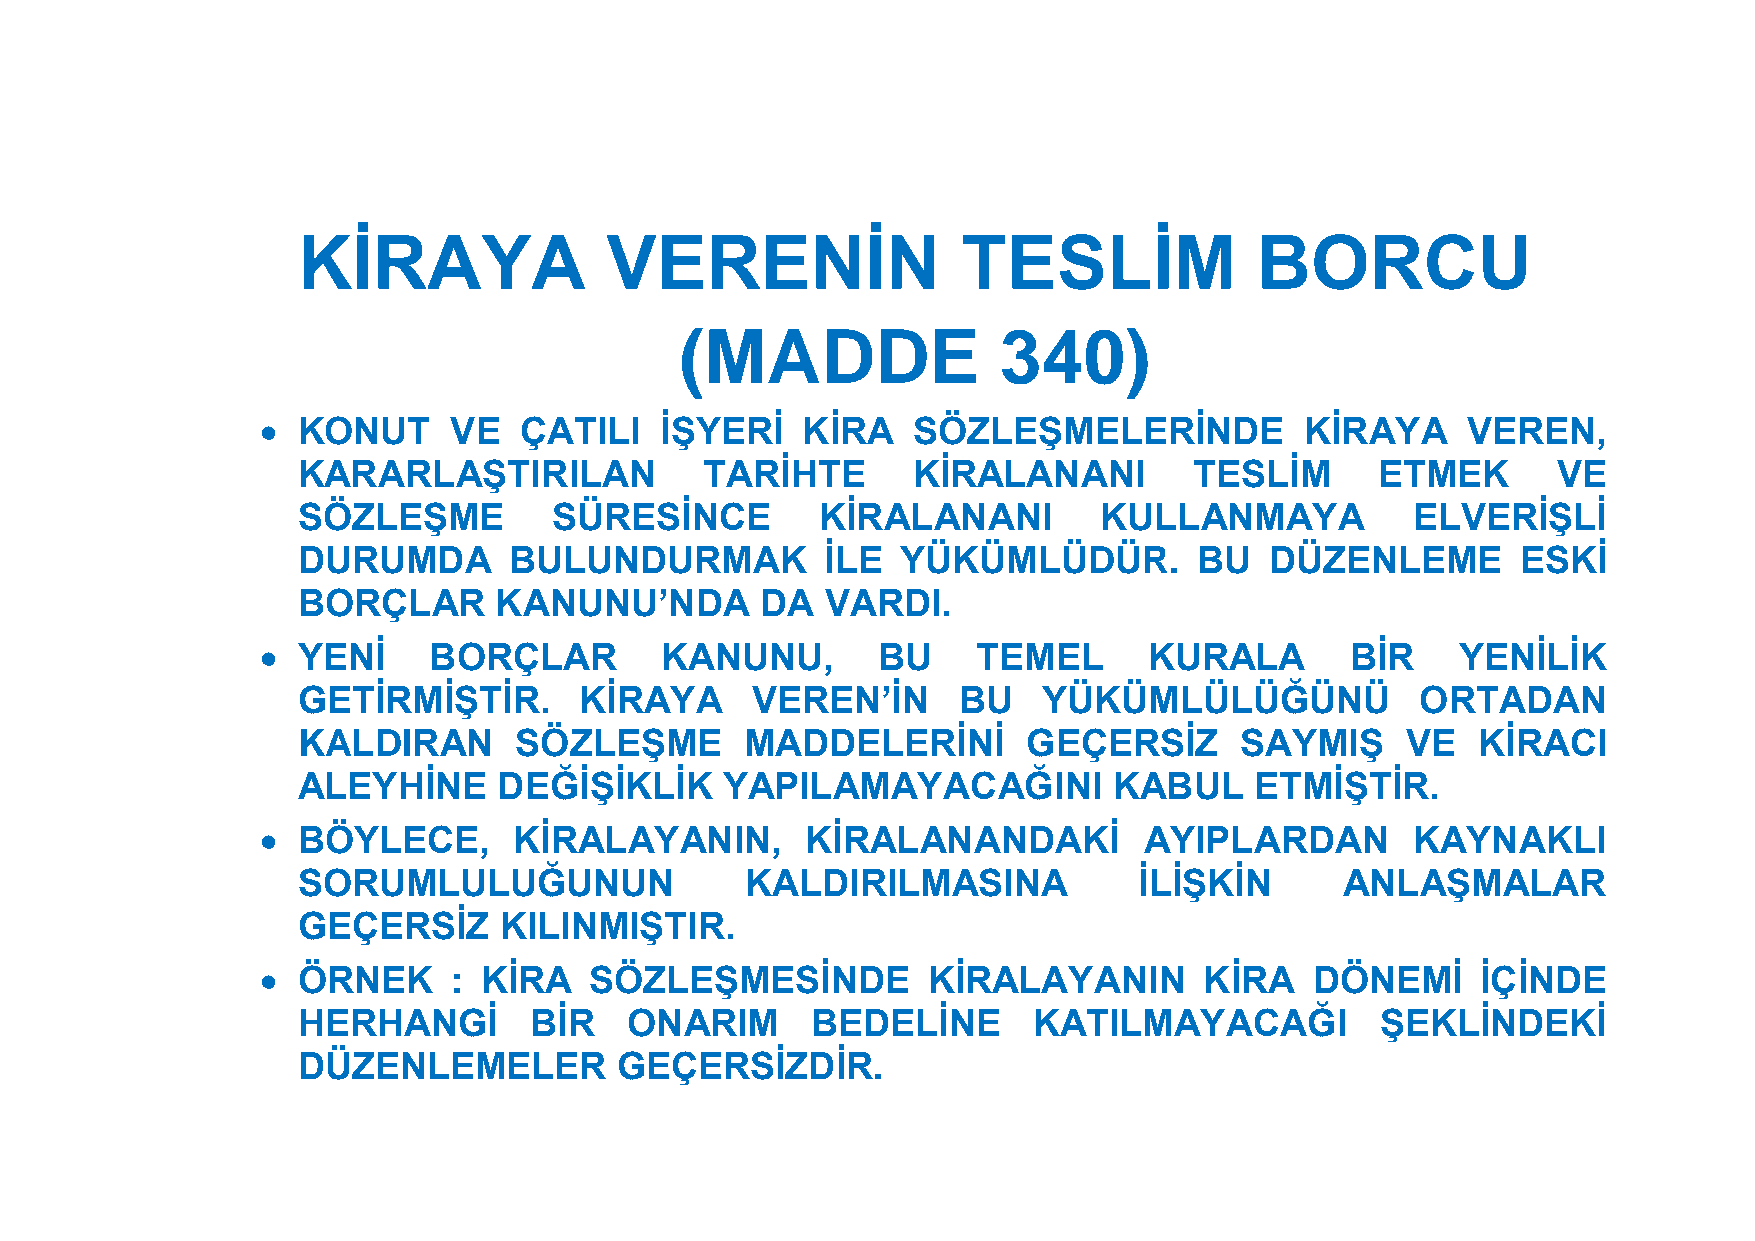
KİRAYA              VERENİN                 TESLİM             BORCU
 (MADDE               340)
   KONUT     VE  ÇATILI    İŞYERİ   KİRA   SÖZLEŞMELERİNDE           KİRAYA     VEREN,
 KARARLAŞTIRILAN            TARİHTE      KİRALANANI         TESLİM      ETMEK       VE
 SÖZLEŞME         SÜRESİNCE        KİRALANANI         KULLANMAYA          ELVERİŞLİ
 DURUMDA       BULUNDURMAK          İLE  YÜKÜMLÜDÜR.        BU   DÜZENLEME        ESKİ
 BORÇLAR      KANUNU’NDA       DA   VARDI.
   YENİ    BORÇLAR         KANUNU,       BU     TEMEL      KURALA       BİR     YENİLİK
 GETİRMİŞTİR.      KİRAYA      VEREN’İN     BU    YÜKÜMLÜLÜĞÜNÜ            ORTADAN
 KALDIRAN      SÖZLEŞME       MADDELERİNİ        GEÇERSİZ      SAYMIŞ     VE   KİRACI
 ALEYHİNE     DEĞİŞİKLİK     YAPILAMAYACAĞINI          KABUL    ETMİŞTİR.
   BÖYLECE,      KİRALAYANIN,       KİRALANANDAKİ          AYIPLARDAN       KAYNAKLI
 SORUMLULUĞUNUN               KALDIRILMASINA            İLİŞKİN       ANLAŞMALAR
 GEÇERSİZ     KILINMIŞTIR.
   ÖRNEK     : KİRA   SÖZLEŞMESİNDE         KİRALAYANIN        KİRA   DÖNEMİ     İÇİNDE
 HERHANGİ       BİR   ONARIM       BEDELİNE      KATILMAYACAĞI          ŞEKLİNDEKİ
 DÜZENLEMELER         GEÇERSİZDİR.